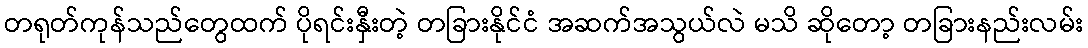
တရုတ်ကုန်သည်တွေထက် ပိုရင်းနှီးတဲ့ တခြားနိုင်ငံ အဆက်အသွယ်လဲ မသိ ဆိုတော့ တခြားနည်းလမ်း